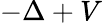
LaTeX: -\Delta+V